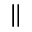
\|